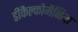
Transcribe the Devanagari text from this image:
डीकैल्कोमैनिया